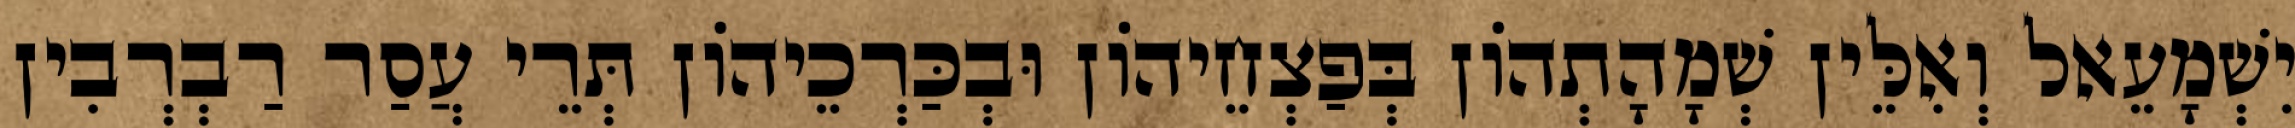
יִשְׁמָעֵאל וְאִלֵּין שְׁמָהָתְהוֹן בְּפַצְחֵיהוֹן וּבְכַּרְכֵיהוֹן תְּרֵי עֲסַר רַבְרְבִין